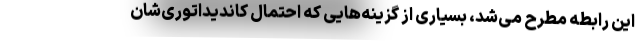
این رابطه مطرح می‌شد، بسیاری از گزینه‌هایی که احتمال کاندیداتوری‌شان